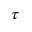
\tau